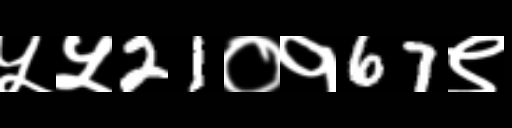
Text: ५५21०१67९